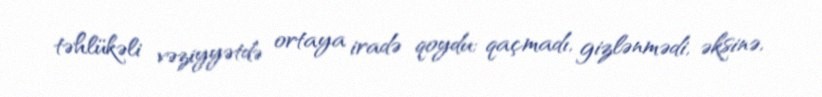
təhlükəli vəziyyətdə ortaya iradə qoydu; qaçmadı, gizlənmədi, əksinə,